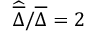
\widehat { \overline { { \Delta } } } / \overline { { \Delta } } = 2